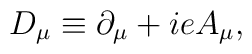
D_{\mu}\equiv\partial_{\mu}+ieA_{\mu},